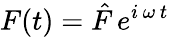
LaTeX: F(t)=\hat{F}\, e^{i\, \omega\, t}